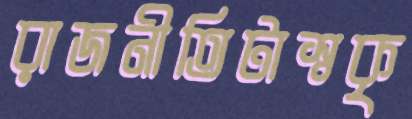
রাজনীতিটাস্বকৃ